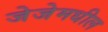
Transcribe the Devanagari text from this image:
जेजेमधील